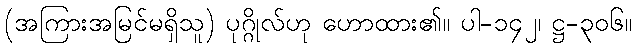
(အကြားအမြင်မရှိသူ) ပုဂ္ဂိုလ်ဟု ဟောထား၏။ ပါ-၁၄၂၊ ဋ္ဌ-၃၀၆။